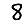
Digit: 8